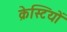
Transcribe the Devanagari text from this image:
क्रेस्टियों